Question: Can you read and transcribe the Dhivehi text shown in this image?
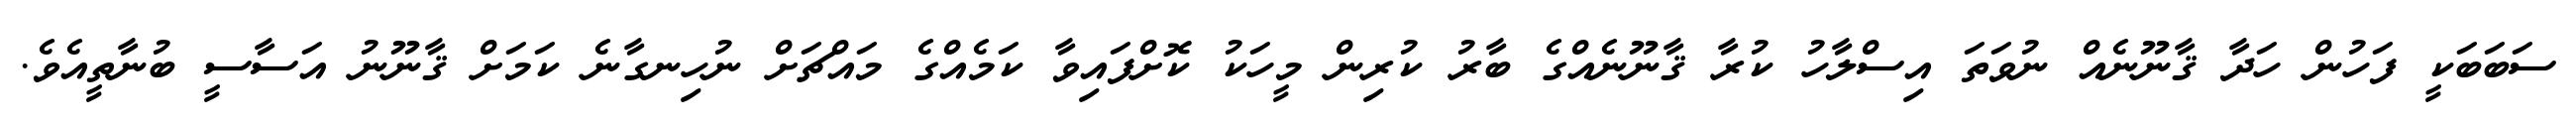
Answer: ސަބަބަކީ ފަހުން ހަދާ ޤާނޫނެއް ނުވަތަ އިސްލާހު ކުރާ ޤާނޫނެއްގެ ބާރު ކުރިން މީހަކު ކޮށްފައިވާ ކަމެއްގެ މައްޗަށް ނުހިނގާނެ ކަމަށް ޤާނޫނު އަސާސީ ބުނާތީއެވެ.